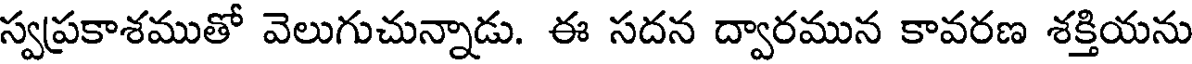
స్వప్రకాశముతో వెలుగుచున్నాడు. ఈ సదన ద్వారమున కావరణ శక్తియను